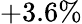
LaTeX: +3.6\%